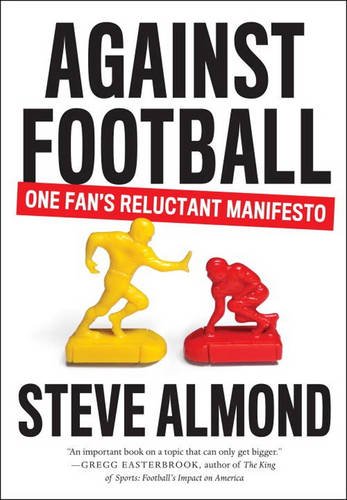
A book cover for Against Football: One Fan's Reluctant Manifesto; Steve Almond; Health, Fitness & Dieting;